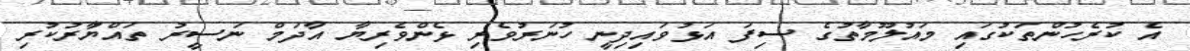
އެ ކުރެހުންތަކުގައި މައުލޫމާތުގެ ސިފަ އަޅުވައިދިނީ ހުނަރުވެރި ޅެންވެރިޔާ އާދަމް ނަސީރު ތައްޔާުރުކުރި